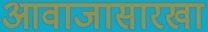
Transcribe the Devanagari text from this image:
आवाजासारखा